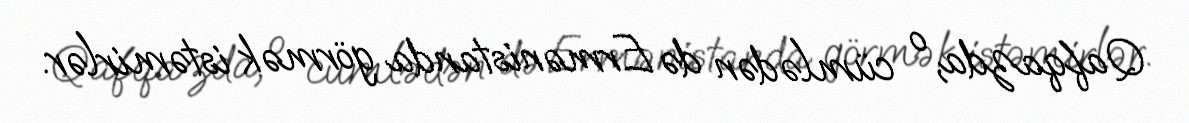
Qafqazda, o cümlədən də Ermənistanda görmək istəmirlər.